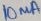
Text: 10mA